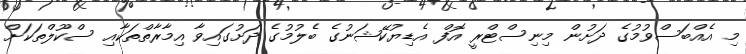
މި އެއްބަސްވުމުގެ ދަށުން މިނިސްޓްރީ އޮފް އެޑިޔުކޭޝަނުގެ ބެލުމުގެ ދަށުގައިވާ އިމާރާތްތަކާއި ސްކޫލްތަކަށް